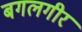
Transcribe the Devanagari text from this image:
बगलगीर